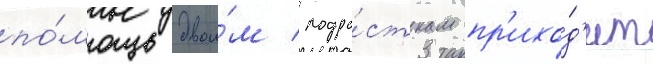
по́мощь двои́м подро́сткам пр'ихо́д'ит